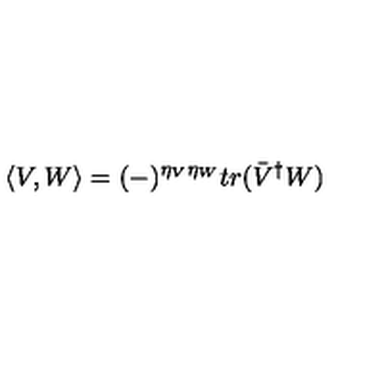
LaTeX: \left\langle V , W \right\rangle = ( - ) ^ { \eta _ { V } \eta _ { W } } t r ( \bar { V } ^ { \dagger } W )